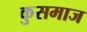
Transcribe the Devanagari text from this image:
कुसमाज